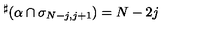
{ } ^ { \sharp } ( \alpha \cap \sigma _ { N - j , j + 1 } ) = N - 2 j